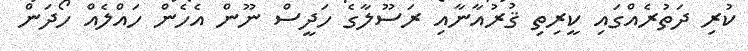
ކުރި ދަތުރެއްގައި ކީރިތި ޤުރުއާނާއި ރަސޫލާގެ ހަދީސް ނޫން އެހެން ހައްލެއް ހޯދަން